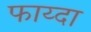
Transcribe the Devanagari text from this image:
फाय्दा